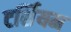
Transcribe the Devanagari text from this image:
टर्शियम